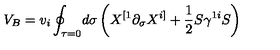
V _ { B } = v _ { i } \oint _ { \tau = 0 } \! d \sigma \left( X ^ { [ 1 } \partial _ { \sigma } X ^ { i ] } + \frac { 1 } { 2 } S \gamma ^ { 1 i } S \right)